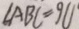
\angle A B C = 9 0